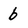
Character: b